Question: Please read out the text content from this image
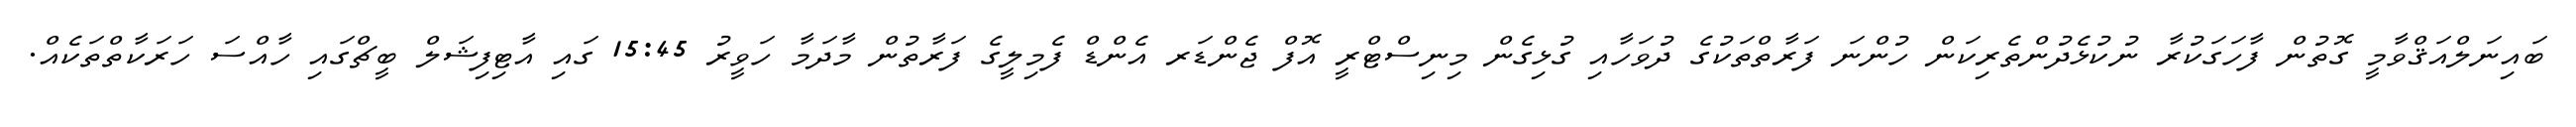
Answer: ބައިނަލްއަޤްވާމީ ގޮތުން ފާހަގަކުރާ ނުކުޅެދުންތެރިކަން ހުންނަ ފަރާތްތަކުގެ ދުވަހާއި ގުޅިގެން މިނިސްޓްރީ އޮފް ޖެންޑަރ އެންޑް ފެމިލީގެ ފަރާތުން މާދަމާ ހަވީރު 15:45 ގައި އާޓިފިޝަލް ބީޗްގައި ހާއްސަ ހަރަކާތްތަކެއް.